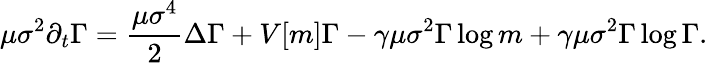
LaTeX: \mu\sigma^{2}\partial_{t}\Gamma=\frac{\mu\sigma^{4}}{2}\Delta\Gamma+V[m]\Gamma-\gamma\mu\sigma^{2}\Gamma\log{m}+\gamma\mu\sigma^{2}\Gamma\log{\Gamma}.